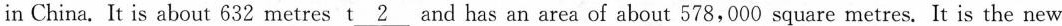
in China. It is about 632 metres t \underline{2} and has an area of about 578,000 square metres. It is the new